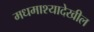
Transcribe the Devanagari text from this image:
मधमाश्यादेखील